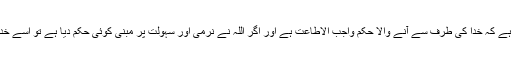
یہ جملہ بھی یہ واضح کرتا ہے کہ خدا کی طرف سے آنے والا حکم واجب الاطاعت ہے اور اگر اللہ نے نرمی اور سہولت پر مبنی کوئی حکم دیا ہے تو اسے خدا کی عنایت سمجھنا چاہیے۔